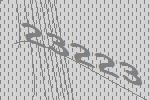
23223